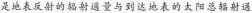
是地表反射的辐射通量与到达地表的太阳总辐射通